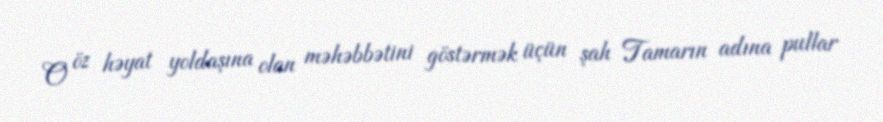
O öz həyat yoldaşına olan məhəbbətini göstərmək üçün şah Tamarın adına pullar